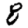
Digit: 8